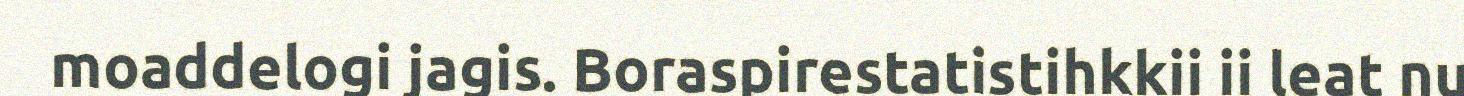
moaddelogi jagis. Boraspirestatistihkkii ii leat nu